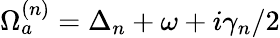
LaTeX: \Omega_{a}^{(n)}=\Delta_{n}+\omega+i\gamma_{n}/2